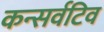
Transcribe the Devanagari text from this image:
कन्सर्वटिव